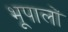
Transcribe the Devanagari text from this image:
भूपालों